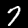
Digit: 7